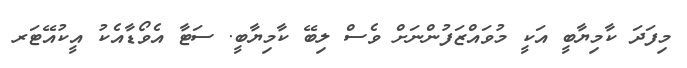
މިފަދަ ކާމިޔާބީ އަކީ މުވައްޒަފުންނަށް ވެސް ލިބޭ ކާމިޔާބީ. ސަޓާ އެވޯޑާއެކު އީކުއޭޓަރ